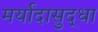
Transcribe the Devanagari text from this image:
मर्यादासुद्धा